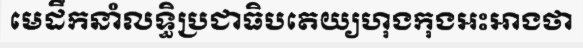
មេដឹកនាំលទ្ធិប្រជាធិបតេយ្យហុងកុងអះអាងថា